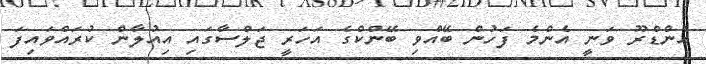
އެންޑްރޫ ވަނީ އެންމެ ފަހުން ބޭއްވި ބޭންކްގެ އަހަރީ ޖަލްސާގައި އިއުލާން ކުރައްވައިފަ